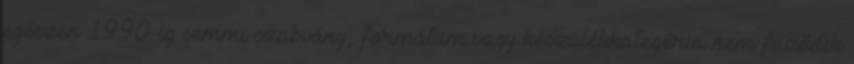
egészen 1990-ig semmi szabvány, formátum vagy készülékkategória nem fűződik